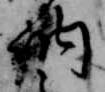
納